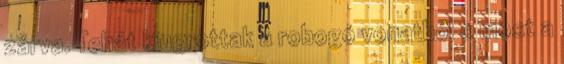
zárva. Tehát kiugrottak a robogó vonatból s most a